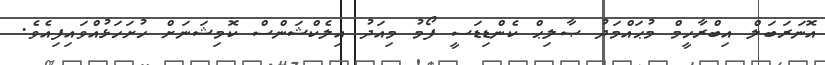
އޮނަރަބަލް އިބްރާހީމް މުޙައްމަދު ޞާލިޙް ކެންޑިޑަސީ ފޯމު މިއަދު އިލެކްޝަންސް ކޮމިޝަނަށް ހުށަހަޅުއްވައިފިއެވެ.